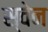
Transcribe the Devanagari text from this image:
स्‍वेन